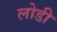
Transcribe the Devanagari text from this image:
लोडी